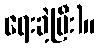
ရေးခဲ့ပြီး)။